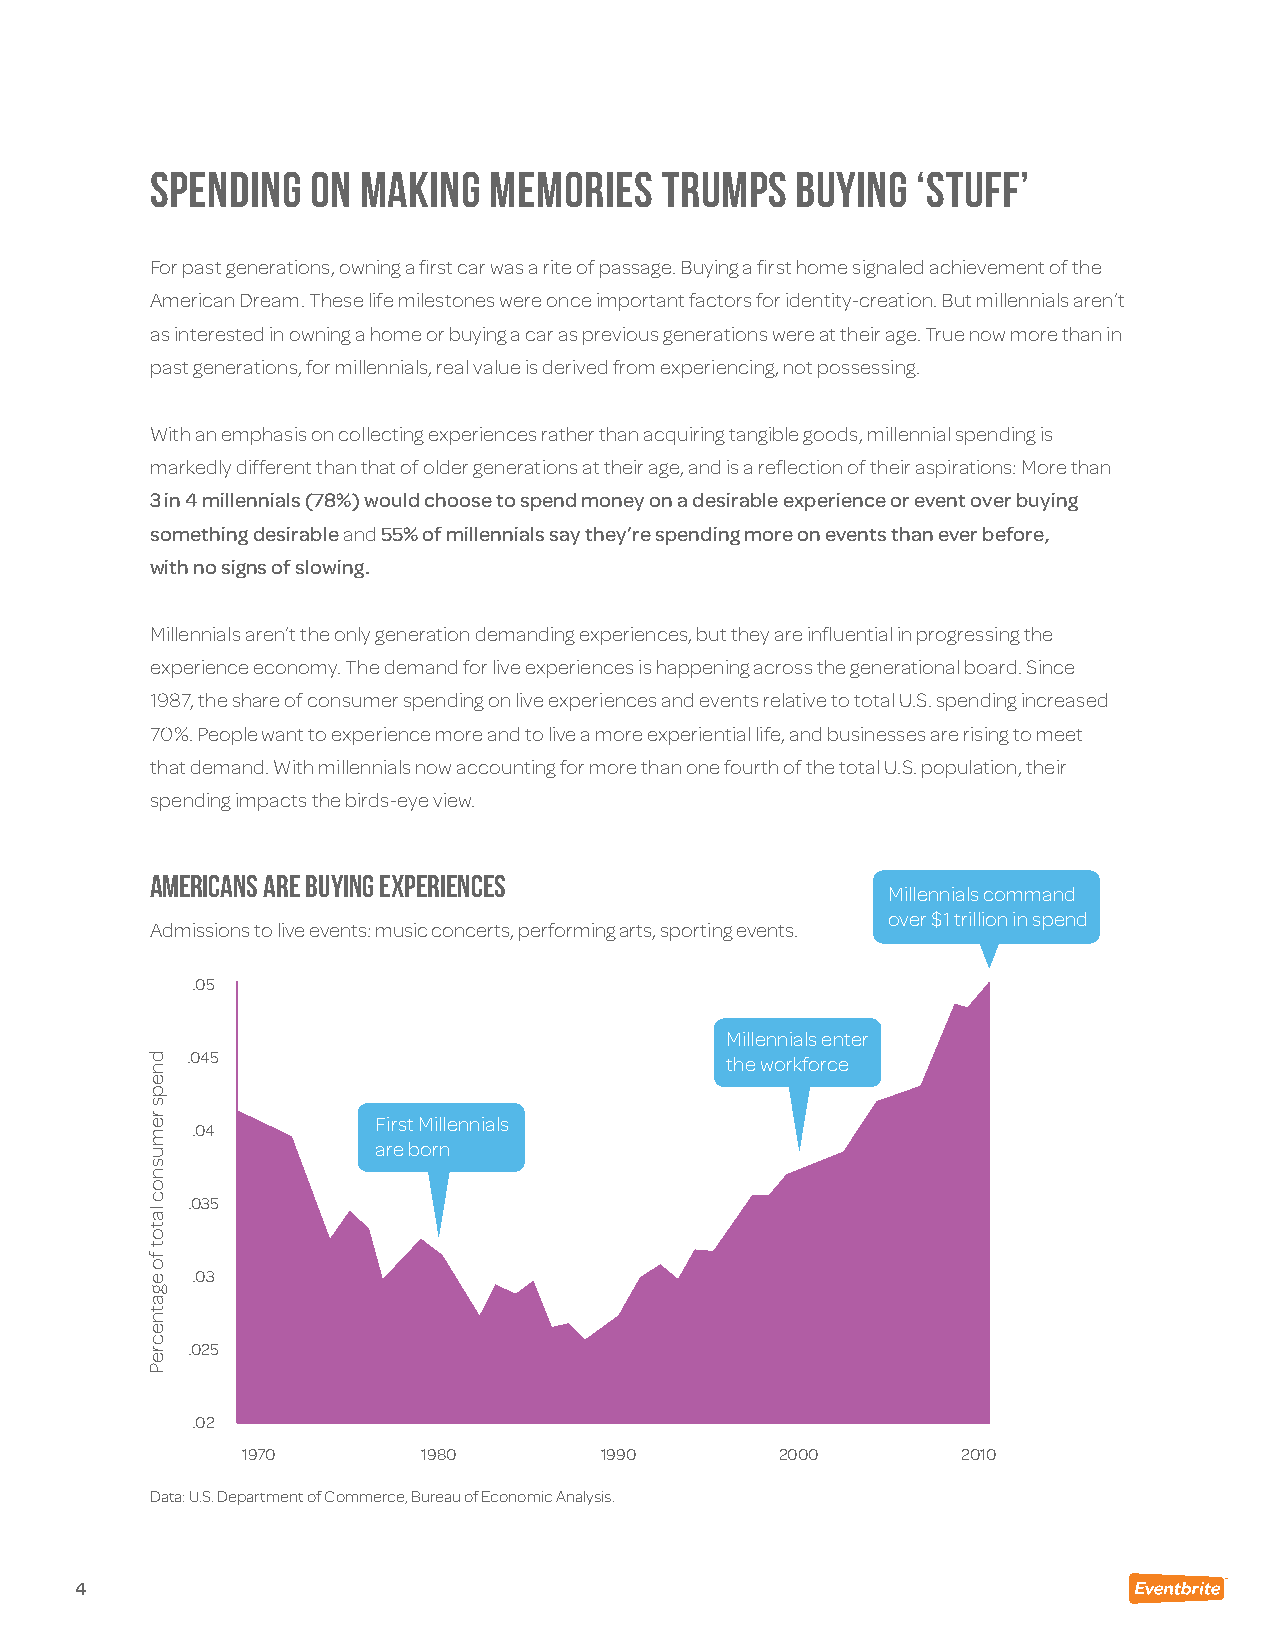
Spending   on Making  Memories    Trumps   Buying  ‘Stuff’
 For past generations, owning a first car was a rite of passage. Buying a first home signaled achievement of the
 American Dream. These life milestones were once important factors for identity-creation. But millennials aren’t
 as interested in owning a home or buying a car as previous generations were at their age. True now more than in
 past generations, for millennials, real value is derived from experiencing, not possessing.
 With an emphasis on collecting experiences rather than acquiring tangible goods, millennial spending is
 markedly different than that of older generations at their age, and is a reflection of their aspirations: More than
 3 in 4 millennials (78%) would choose to spend money on a desirable experience or event over buying
 something desirable and 55% of millennials say they’re spending more on events than ever before,
 with no signs of slowing.
 Millennials aren’t the only generation demanding experiences, but they are influential in progressing the
 experience economy. The demand for live experiences is happening across the generational board. Since
 1987, the share of consumer spending on live experiences and events relative to total U.S. spending increased
 70%. People want to experience more and to live a more experiential life, and businesses are rising to meet
 that demand. With millennials now accounting for more than one fourth of the total U.S. population, their
 spending impacts the birds-eye view.
 AMERICANS ARE BUYING EXPERIENCES
 Millennials command
 over $1 trillion in spend
 Admissions to live events: music concerts, performing arts, sporting events.
 .05
 Millennials enter
 .045                                the workforce
 First Millennials
 .04
 are born
 .035
 .03
 .025
 .02
 1970        1980        1990        2000        2010
 Data: U.S. Department of Commerce, Bureau of Economic Analysis.
 4
 dneps
 remusnoc
 latot
 fo
 egatnecreP